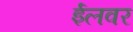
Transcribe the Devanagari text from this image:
ईलवर